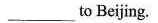
__to Beijing.